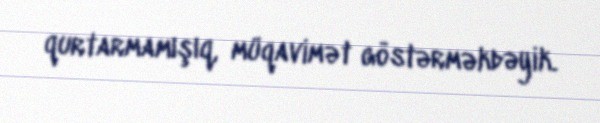
qurtarmamışıq, müqavimət göstərməkdəyik.